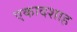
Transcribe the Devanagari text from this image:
एकादशाह